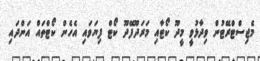
މެޖިސްޓްރޭޓުން ވިދާޅުވީ މީދޫ ކޯޓާއި މަރަދޫފޭދޫ ކޯޓް ފިޔަވައި އެހެން ކޯޓްތައް އަންދައި